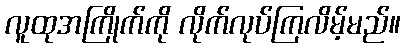
လူထုအကြိုက်ကို လိုက်လုပ်ကြလိမ့်မည်။